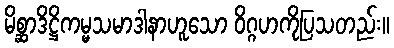
မိစ္ဆာဒိဋ္ဌိကမ္မသမာဒါနာဟူသော ဝိဂ္ဂဟကိုပြသတည်း။